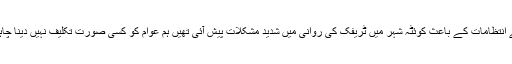
اس موقع پر سپیکر میر عبدالقدوس بزنجو نے رولنگ دی کہ گزشتہ اجلاس میں سیکورٹی کے انتظامات کے باعث کوئٹہ شہر میں ٹریفک کی روانی میں شدید مشکلات پیش آئی تھیں ہم عوام کو کسی صورت تکلیف نہیں دینا چاہتے یہ ایوان عوام کا ہے آئندہ ایسے کوئی اقدامات نہ کئے جائیں جس سے عوام کو تکلیف ہو ۔